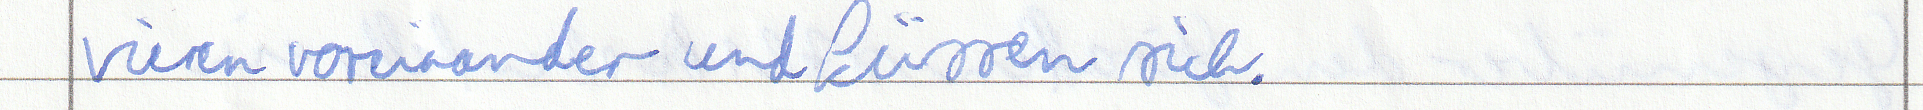
vieren voreinander und küssen sich.